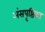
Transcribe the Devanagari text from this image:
अंसपृष्ठिका